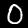
Label: 0